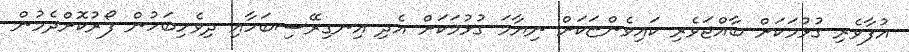
އުފާވެރި ގުޅުމަކަށް ބާއްޖަވެރި ކައިވެންޏަކަށް ނިޔާމަ ގުޅުމަކަށް އެދި އިނގިރޭސިބަހާއި ދިވެހިބަހުން ފޯރުކޮށްދެމުން